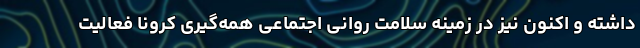
داشته و اکنون نیز در زمینه سلامت روانی اجتماعی همه‌گیری کرونا فعالیت